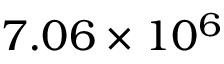
7 . 0 6 \times 1 0 ^ { 6 }